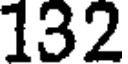
132